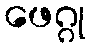
ဖေဂ္ဂု